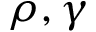
\rho , \gamma